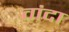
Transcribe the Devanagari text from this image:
वांदा